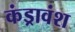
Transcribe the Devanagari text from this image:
कंड्रावंश